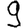
Digit: 9